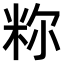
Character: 𫂼